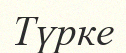
Түрке